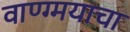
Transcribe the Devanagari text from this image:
वाण्ग्मयाचा